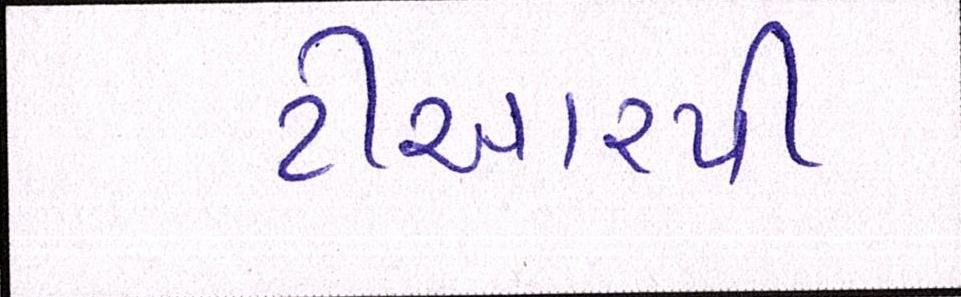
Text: ટીઆરપી